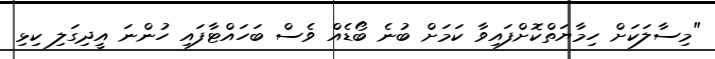
"މިސާލަކަށް ހިމާޔަތްކޮށްފައިވާ ކަމަށް ބުނެ ބޯޑެއް ވެސް ބަހައްޓާފައި ހުންނަ އީދިގަލި ކިޅި